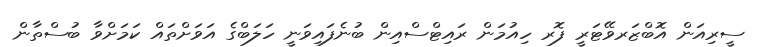
ސީރިއަން އޮބްޒަރވޭޓަރީ ފޮރ ހިއުމަން ރައިޓްސްއިން ބުނެފައިވަނީ ހަލަބްގެ އަވަށްތައް ކަމަށްވާ ބުސްތާން